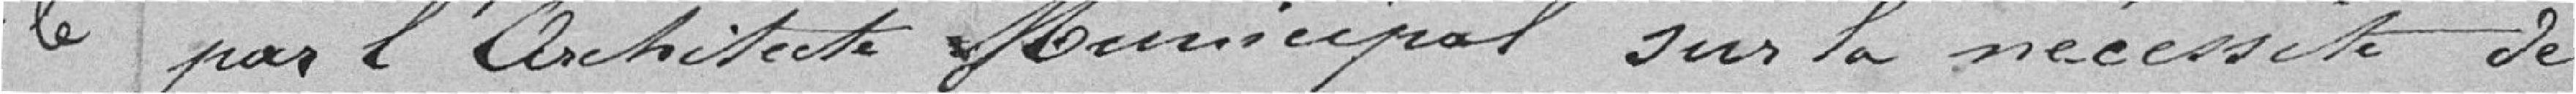
par l'architecte Municipal sur la nécessité de